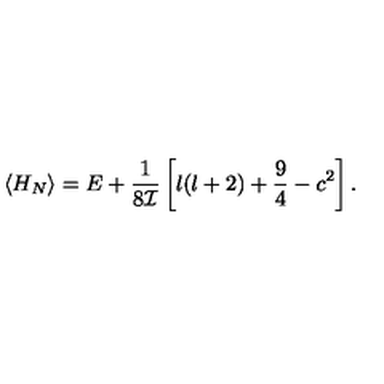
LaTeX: \langle H _ { N } \rangle = E + \frac { 1 } { 8 { \cal I } } \left[ l ( l + 2 ) + \frac { 9 } { 4 } - c ^ { 2 } \right] .